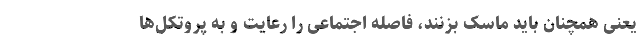
یعنی همچنان باید ماسک بزنند، فاصله اجتماعی را رعایت و به پروتکل‌ها